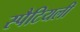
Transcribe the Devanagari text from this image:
स्पैटियली